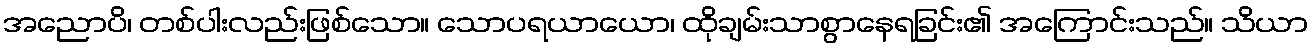
အညောပိ၊ တစ်ပါးလည်းဖြစ်သော။ သောပရယာယော၊ ထိုချမ်းသာစွာနေရခြင်း၏ အကြောင်းသည်။ သိယာ